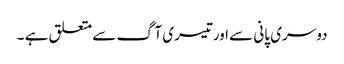
دوسری پانی سے اورتیسری آگ سے متعلق ہے ۔